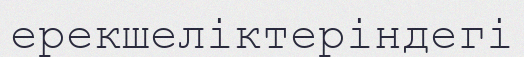
ерекшеліктеріндегі